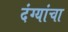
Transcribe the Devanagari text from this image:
दंग्यांचा